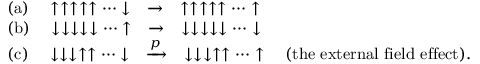
\begin{array} { r l } & { \mathrm { ( a ) } \quad \uparrow \uparrow \uparrow \uparrow \uparrow \cdots \downarrow \quad \rightarrow \quad \uparrow \uparrow \uparrow \uparrow \uparrow \cdots \uparrow } \\ & { \mathrm { ( b ) } \quad \downarrow \downarrow \downarrow \downarrow \downarrow \cdots \uparrow \quad \rightarrow \quad \downarrow \downarrow \downarrow \downarrow \downarrow \cdots \downarrow } \\ & { \mathrm { ( c ) } \quad \downarrow \downarrow \downarrow \uparrow \uparrow \cdots \downarrow \quad \xrightarrow [ ] { p } \quad \downarrow \downarrow \downarrow \uparrow \uparrow \cdots \uparrow \quad ( \mathrm { t h e ~ e x t e r n a l ~ f i e l d ~ e f f e c t } ) . } \end{array}